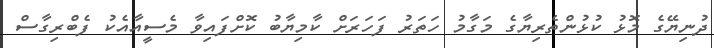
ދުނިޔޭގެ މޮޅު ކުޅުންތެރިޔާގެ މަގާމު ހަތަރު ފަހަރަށް ކާމިޔާބު ކޮށްފައިވާ މެސީއާއެކު ފެބްރިގާސް